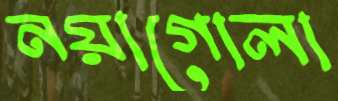
নয়াগোলা